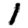
Digit: 1